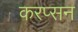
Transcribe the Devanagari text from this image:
करप्सन